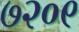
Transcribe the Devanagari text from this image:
७२०९